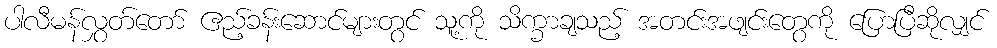
ပါလီမန်လွှတ်တော် ဧည့်ခန်းဆောင်များတွင် သူ့ကို သိက္ခာချသည့် အတင်းအဖျင်းတွေကို ပြောပြီဆိုလျှင်